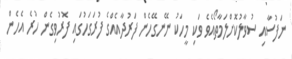
ނަފުސާއި ސުވާލުކޮށްލަމާތޯއެވެ ވަކި މީހަކު ނޭނގޭހެން ފަރުދާއެއްގެ ފުރަގަހުގައި ފޮރުވިގެން ހުރެ އެހެން